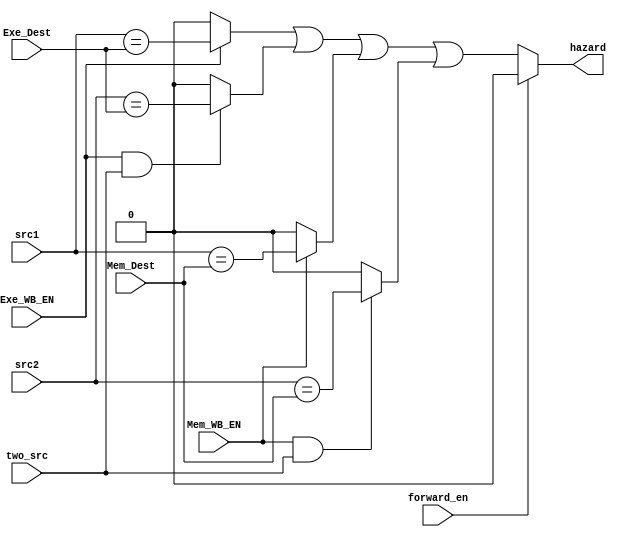
module Hazard_Detection_Unit(
    input [3:0] src1, src2, Exe_Dest,
	input Exe_WB_EN,
	input [3:0] Mem_Dest,
    input Mem_WB_EN,
	input two_src,
	input forward_en,
    output hazard
);
    wire exe_hazard_one_src, exe_hazard_two_src;
	wire mem_hazard_one_src, mem_hazard_two_src;
	
	assign exe_hazard_one_src = Exe_WB_EN ? (src1 == Exe_Dest) : 0;
	assign exe_hazard_two_src = (Exe_WB_EN & two_src) ? (src2 == Exe_Dest) : 0;
	assign mem_hazard_one_src = Mem_WB_EN ? (src1 == Mem_Dest) : 0;
	assign mem_hazard_two_src = (Mem_WB_EN & two_src) ? (src2 == Mem_Dest) : 0;
	assign hazard = forward_en ? 0 :
					exe_hazard_one_src | exe_hazard_two_src | mem_hazard_one_src | mem_hazard_two_src;
endmodule